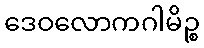
ဒေဝလောကဂါမိဉ္စ